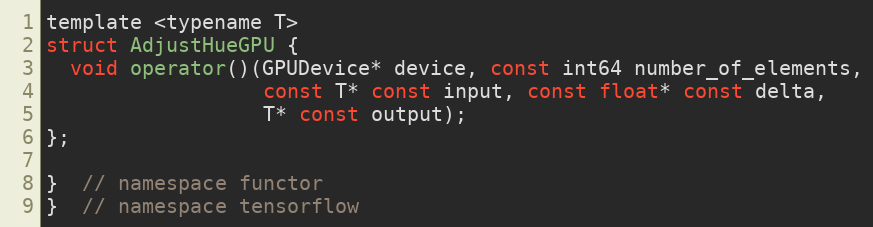
Language: C
template <typename T>
struct AdjustHueGPU {
  void operator()(GPUDevice* device, const int64 number_of_elements,
                  const T* const input, const float* const delta,
                  T* const output);
};

}  // namespace functor
}  // namespace tensorflow